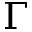
\Gamma